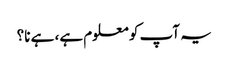
یہ آپ کو معلوم ہے، ہے نا؟